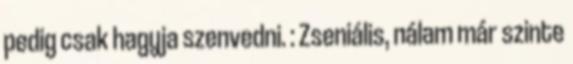
pedig csak hagyja szenvedni. : Zseniális, nálam már szinte